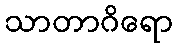
သာတာဂိရော